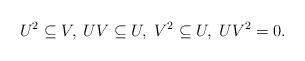
LaTeX: \begin{align*}U^2\subseteq V, \; UV\subseteq U, \; V^2\subseteq U, \; UV^2=0.\end{align*}